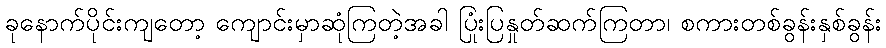
ခုနောက်ပိုင်းကျတော့ ကျောင်းမှာဆုံကြတဲ့အခါ ပြုံးပြနှုတ်ဆက်ကြတာ၊ စကားတစ်ခွန်းနှစ်ခွန်း